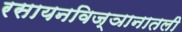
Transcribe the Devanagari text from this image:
रसायनविज्ञानातली